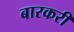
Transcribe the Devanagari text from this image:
बारकरी